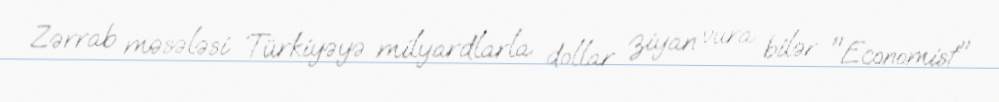
Zərrab məsələsi Türkiyəyə milyardlarla dollar ziyan vura bilər "Economist"